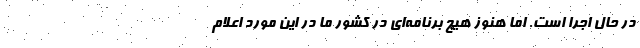
در حال اجرا است. اما هنوز هیچ برنامه‌ای در کشور ما در این مورد اعلام